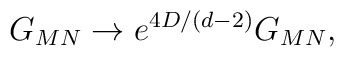
G_{MN}\to e^{4D/(d-2)}G_{MN} ,